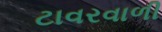
ટાવરવાળી